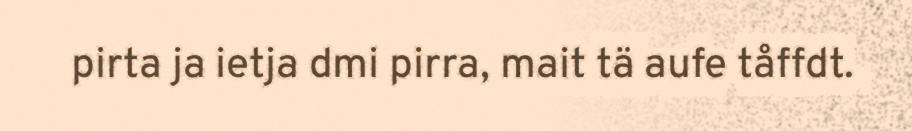
pirta ja ietja dmi pirra, mait tä aufe tåffdt.